Report of the Indian Hemp Drugs Commission, 1894-1895 - Volume V
Year: 1894
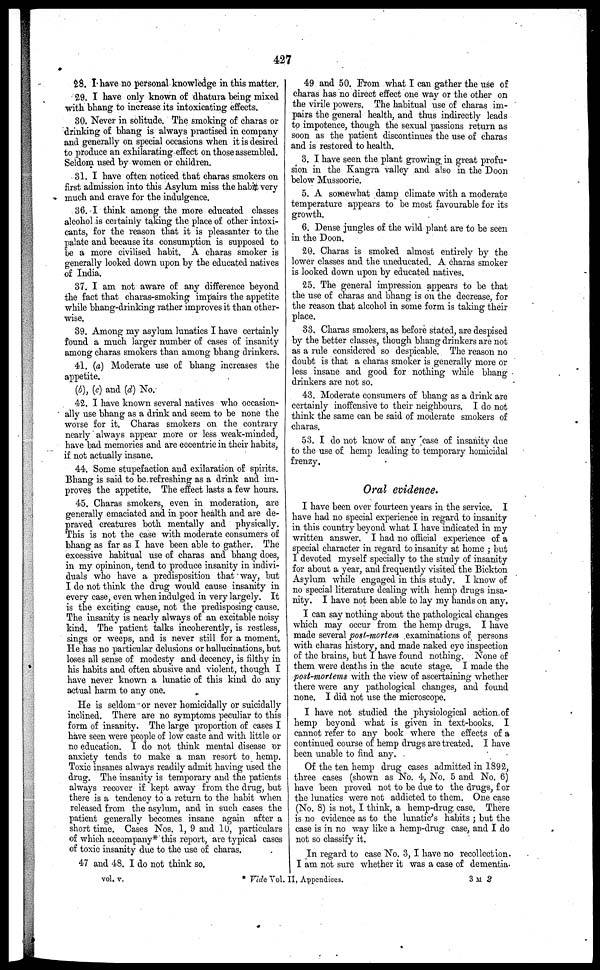
427
28. I have no personal knowledge in this matter.
29. I have only known of dhatura being mixed
with bhang to increase its intoxicating effects.
30. Never in solitude. The smoking of charas or
drinking of bhang is always practised in company
and generally on special occasions when it is desired
to produce an exhilarating effect on those assembled.
Seldom used by women or children.
31. I have often noticed that charas smokers on
first admission into this Asylum miss the habit very
much and crave for the indulgence.
36. I think among the more educated classes
alcohol is certainly taking the place of other intoxi-
cants, for the reason that it is pleasanter to the
palate and because its consumption is supposed to
be a more civilised habit. A charas smoker is
generally looked down upon by the educated natives
of India.
37. I am not aware of any difference beyond
the fact that charas-smoking impairs the appetite
while bhang-drinking rather improves it than other-
wise.
39. Among my asylum lunatics I have certainly
found a much larger number of cases of insanity
among charas smokers than among bhang drinkers.
41. (a) Moderate use of bhang increases the
appetite.
(b), (c) and (d) No.
42. I have known several natives who occasion-
ally use bhang as a drink and seem to be none the
worse for it. Charas smokers on the contrary
nearly always appear more or less weak-minded,
have bad memories and are eccentric in their habits,
if not actually insane.
44. Some stupefaction and exilaration of spirits.
Bhang is said to be refreshing as a drink and im-
proves the appetite. The effect lasts a few hours.
45. Charas smokers, even in moderation, are
generally emaciated and in poor health and are de-
praved creatures both mentally and physically.
This is not the case with moderate consumers of
bhang as far as I have been able to gather. The
excessive habitual use of charas and bhang does,
in my opininon, tend to produce insanity in indivi-
duals who have a predisposition that way, but
I do not think the drug would cause insanity in
every case, even when indulged in very largely. It
is the exciting cause, not the predisposing cause.
The insanity is nearly always of an excitable noisy
kind. The patient talks incoherently, is restless,
sings or weeps, and is never still for a moment.
He has no particular delusions or hallucinations, but
loses all sense of modesty and decency, is filthy in
his habits and often abusive and violent, though I
have never known a lunatic of this kind do any
actual harm to any one.
He is seldom or never homicidally or suicidally
inclined. There are no symptoms peculiar to this
form of insanity. The large proportion of cases I
have seen were people of low caste and with little or
no education. I do not think mental disease or
anxiety tends to make a man resort to hemp.
Toxic insanes always readily admit having used the
drug. The insanity is temporary and the patients
always recover if kept away from the drug, but
there is a tendency to a return to the habit when
released from the asylum, and in such cases the
patient generally becomes insane again after a
short time. Cases Nos. 1, 9 and 10, particulars
of which accompany* this report, are typical cases
of toxic insanity due to the use of charas.
47 and 48. I do not think so.
49 and 50. From what I can gather the use of
charas has no direct effect one way or the other on
the virile powers. The habitual use of charas im-
pairs the general health, and thus indirectly leads
to impotence, though the sexual passions return as
soon as the patient discontinues the use of charas
and is restored to health.
3. I have seen the plant growing in great profu-
sion in the Kangra valley and also in the Doon
below Mussoorie.
5. A somewhat damp climate with a moderate
temperature appears to be most favourable for its
growth.
6. Dense jungles of the wild plant are to be seen
in the Doon.
20. Charas is smoked almost entirely by the
lower classes and the uneducated. A charas smoker
is looked down upon by educated natives.
25. The general impression appears to be that
the use of charas and bhang is on the decrease, for
the reason that alcohol in some form is talcing their
place.
33. Charas smokers, as before stated, are despised
by the better classes, though bhang drinkers are not
as a rule considered so despicable. The reason no
doubt is that a charas smoker is generally more or
less insane and good for nothing while bhang
drinkers are not so.
43. Moderate consumers of bhang as a drink are
certainly inoffensive to their neighbours. I do not
think the same can be said of moderate smokers of
charas.
53. I do not know of any case of insanity due
to the use of hemp leading to temporary homicidal
frenzy.
Oral evidence.
I have been over fourteen years in the service. I
have had no special experience in regard to insanity
in this country beyond what I have indicated in my
written answer. I had no official experience of a
special character in regard to insanity at home ; but
I devoted myself specially to the study of insanity
for about a year, and frequently visited the Bickton
Asylum while engaged in this study. I know of
no special literature dealing with hemp drugs insa-
nity. I have not been able to lay my hands on any.
I can say nothing about the pathological changes
winch may occur from the hemp drugs. I have
made several post-mortem examinations of persons
with charas history, and made naked eye inspection
of the brains, but I have found nothing. None of
them were deaths in the acute stage. I made the
post-mortems with the view of ascertaining whether
there were any pathological changes, and found
none. I did not use the microscope.
I have not studied the physiological action of
hemp beyond what is given in text-books. I
cannot refer to any book where the effects of a
continued course of hemp drugs are treated. I have
been unable to find any.
Of the ten hemp drug cases admitted in 1892,
three cases (shown as No. 4, No. 5 and No. 6)
have been proved not to be due to the drugs, for
the lunatics were not addicted to them. One case
(No. 8) is not, I think, a hemp-drug. case. There
is no evidence as to the lunatic's habits ; but the
case is in no way like a hemp-drug case, and I do
not so classify it.
In regard to case No. 3, I have no recollection.
I am not sure whether it was a case of dementia.
vol. v.
* Vide Vol. II, Appendices.
3 M 2